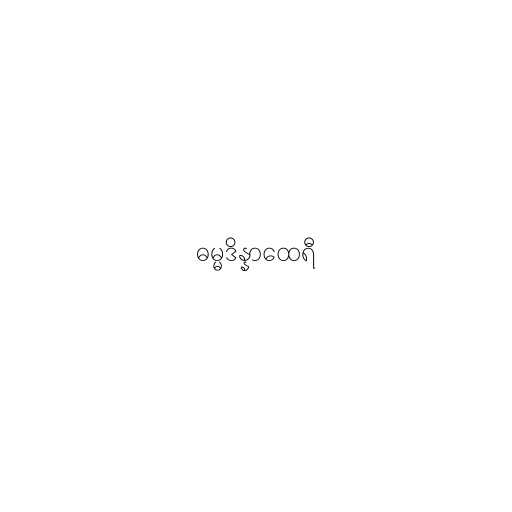
ဓမ္မဒိန္နာထေရီ